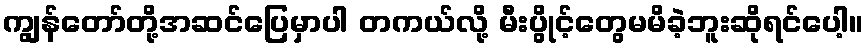
ကျွန်တော်တို့အဆင်ပြေမှာပါ တကယ်လို့ မီးပွိုင့်တွေမမိခဲ့ဘူးဆိုရင်ပေါ့။